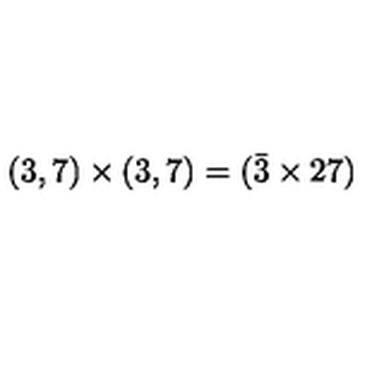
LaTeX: ( 3 , 7 ) \times ( 3 , 7 ) = ( \bar { 3 } \times 2 7 )